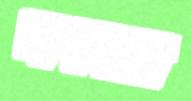
মণদরে